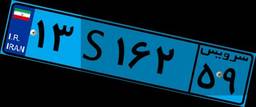
۱۳S۱۶۲۵۹